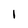
Character: 1